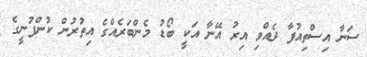
ސަނާ އިސްތިއުފާ ދެއްވި އިރު އޭނާ އަކީ ބޯޑު މެންބަރެއްގެ އިތުރުން ކުންފުނީގެ